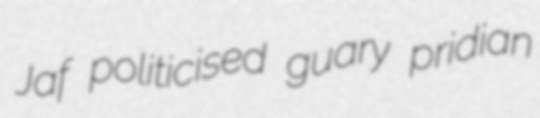
Jaf politicised guary pridian